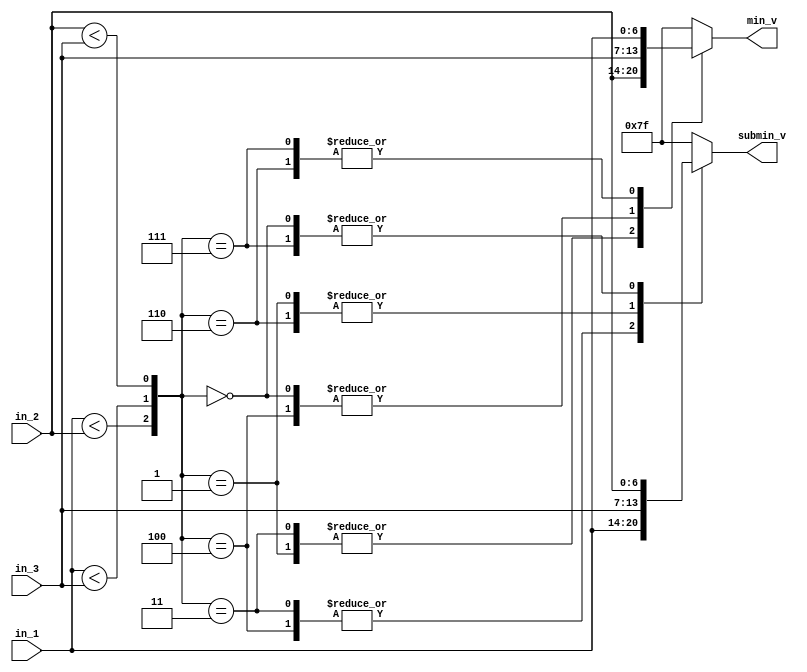
module comp3in2out #(
    parameter WIDTH = 7
)(    
    input  [WIDTH-1:0] in_1         ,
    input  [WIDTH-1:0] in_2         ,
    input  [WIDTH-1:0] in_3         ,
 
    output reg [WIDTH-1:0] min_v    ,
    output reg [WIDTH-1:0] submin_v 
);
    
    wire sig_1 = in_1 < in_2;
    wire sig_2 = in_1 < in_3;
    wire sig_3 = in_2 < in_3;

    //                            
    // | st | {sig_1, sig_2, sig_3} | min_v  | submin_v |
    // |  1 |        000            | in_3   | in_2     |
    // |  2 |        001            | in_2   | in_3     |  
    // |  3 |        010            | xxxx   | xxxx     |
    // |  4 |        011            | in_2   | in_1     |
    // |  5 |        100            | in_3   | in_1     |
    // |  6 |        101            | xxxx   | xxxx     |
    // |  7 |        110            | in_1   | in_3     |
    // |  8 |        111            | in_1   | in_2     |
    always @(*) begin 
        case ({sig_1, sig_2, sig_3})
            3'b000: begin 
                min_v    = in_3;
                submin_v = in_2;
            end
            3'b001: begin 
                min_v    = in_2;
                submin_v = in_3;
            end
            3'b011:  begin 
                min_v    = in_2;
                submin_v = in_1;
            end
            3'b100: begin 
                min_v    = in_3;
                submin_v = in_1;
            end
            3'b110: begin 
                min_v    = in_1;
                submin_v = in_3;
            end
            3'b111: begin 
                min_v    = in_1;
                submin_v = in_2;
            end
            default : begin 
                min_v    = {WIDTH{1'b1}};
                submin_v = {WIDTH{1'b1}};
            end
        endcase
    end

endmodule